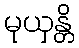
မုယှန္တိ